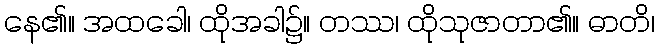
နေ၏။ အထခေါ၊ ထိုအခါ၌။ တဿ၊ ထိုသုဇာတာ၏။ ဓာတိ၊